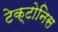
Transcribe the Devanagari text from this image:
टेक्टोनिस